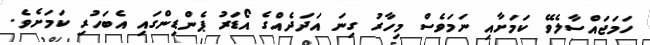
ހަމަޖައްސާލެވޭ ކަމަށާއި ނަމަވެސް މިހާރު ގިނަ އަދަދެއްގެ އޯޑަރު ޕެންޑިންގައި އެބަހުރި ކަމަށެވެ.